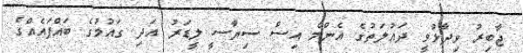
ޖާބިރު ވިދާޅުވީ ދައުލަތުގެ އެންމެ އިސް ސިޔާސީ ލީޑަރު އަދި ގައުމުގެ ބައްޕައެއްގެ